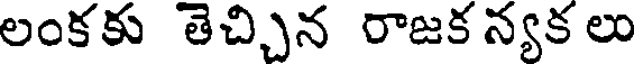
లంకకు తెచ్చిన రాజక న్యక లు